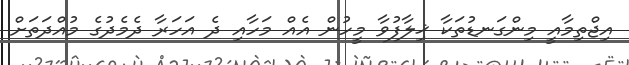
އިޖްތިމާއީ މިންގަނޑުތަކާ ޚިލާފުވާ މީހުން އެއް މަހާއި ދެ އަހަރާ ދެމެދުގެ މުއްދަތަށް